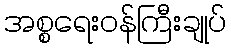
အစ္စရေးဝန်ကြီးချုပ်